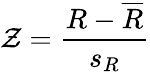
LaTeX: \mathcal{Z}=\frac{{R-\overline{{{R}}}}}{{s_{R}}}